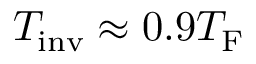
T _ { \mathrm { i n v } } \approx 0 . 9 T _ { \mathrm { F } }